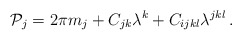
\begin{align*} {\cal P}_{j} = 2\pi m_{j} + C_{jk}\lambda^{k} + C_{ijkl}\lambda^{jkl} \, .\end{align*}